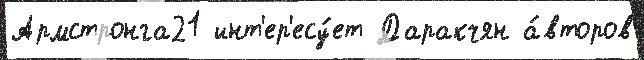
Армстронга21 инт'ер'есу́ет Даракчян а́второв